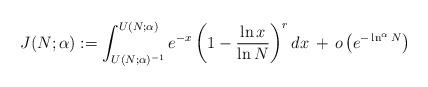
LaTeX: \begin{align*}J(N; \alpha) :=\int_{U(N; \alpha)^{-1}}^{U(N; \alpha)} e^{-x} \left(1 - \frac{\ln x}{\ln N}\right)^r dx \,+ \, o\left(e^{-\ln^{\alpha} N}\right)\end{align*}